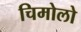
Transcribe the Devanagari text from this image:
चिमोलो